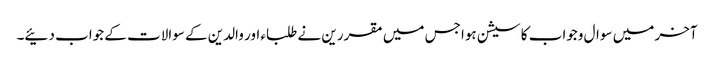
آخر میں سوال وجواب کا سیشن ہوا جس میں مقررین نے طلباء اور والدین کے سوالات کے جواب دئیے۔